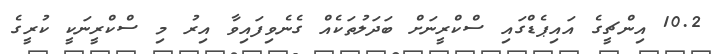
10.2 އިންޗީގެ އައިޕެޑްގައި ސްކްރީނަށް ބަދަލުތަކެއް ގެނެވިފައިވާ އިރު މި ސްކްރީނަކީ ކުރީގެ